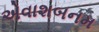
એવાશબનમ